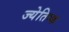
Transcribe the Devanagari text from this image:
ज्येतिष्क